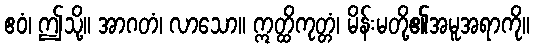
ဧဝံ၊ ဤသို့။ အာဂတံ၊ လာသော။ ဣတ္ထိကုတ္တံ၊ မိန်းမတို့၏အမူအရာကို။